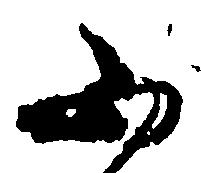
ふ